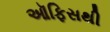
ઑફિસથી